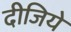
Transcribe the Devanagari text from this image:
दीजिये